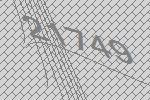
21749